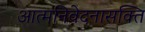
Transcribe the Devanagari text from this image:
आत्मनिवेदनासक्ति